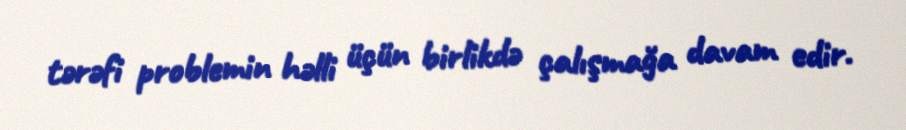
tərəfi problemin həlli üçün birlikdə çalışmağa davam edir.